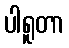
ပါရူတာ